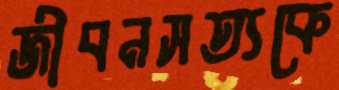
জীবনসত্যকে